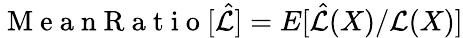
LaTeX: \mathrm{~M~e~a~n~R~a~t~i~o~}[\hat{\mathcal{L}}]=E[\hat{\mathcal{L}}(X)/\mathcal{L}(X)]